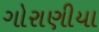
ગોરાણીયા